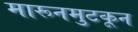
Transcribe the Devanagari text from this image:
मारूनमुटकून